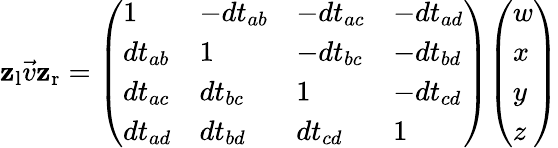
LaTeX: \mathbf{z}_{\mathrm{{l}}}{\vec{v}}\mathbf{z}_{\mathrm{{r}}}={\left(\begin{array}{llll}{1}&{-dt_{ab}}&{-dt_{ac}}&{-dt_{ad}}\\ {dt_{ab}}&{1}&{-dt_{bc}}&{-dt_{bd}}\\ {dt_{ac}}&{dt_{bc}}&{1}&{-dt_{cd}}\\ {dt_{ad}}&{dt_{bd}}&{dt_{cd}}&{1}\end{array}\right)}{\left(\begin{array}{l}{w}\\ {x}\\ {y}\\ {z}\end{array}\right)}